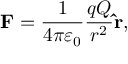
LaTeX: \mathbf { F } = { \frac { 1 } { 4 \pi \varepsilon _ { 0 } } } { \frac { q Q } { r ^ { 2 } } } \mathbf { \hat { r } } ,